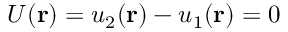
U ( \mathbf { r } ) = u _ { 2 } ( \mathbf { r } ) - u _ { 1 } ( \mathbf { r } ) = 0